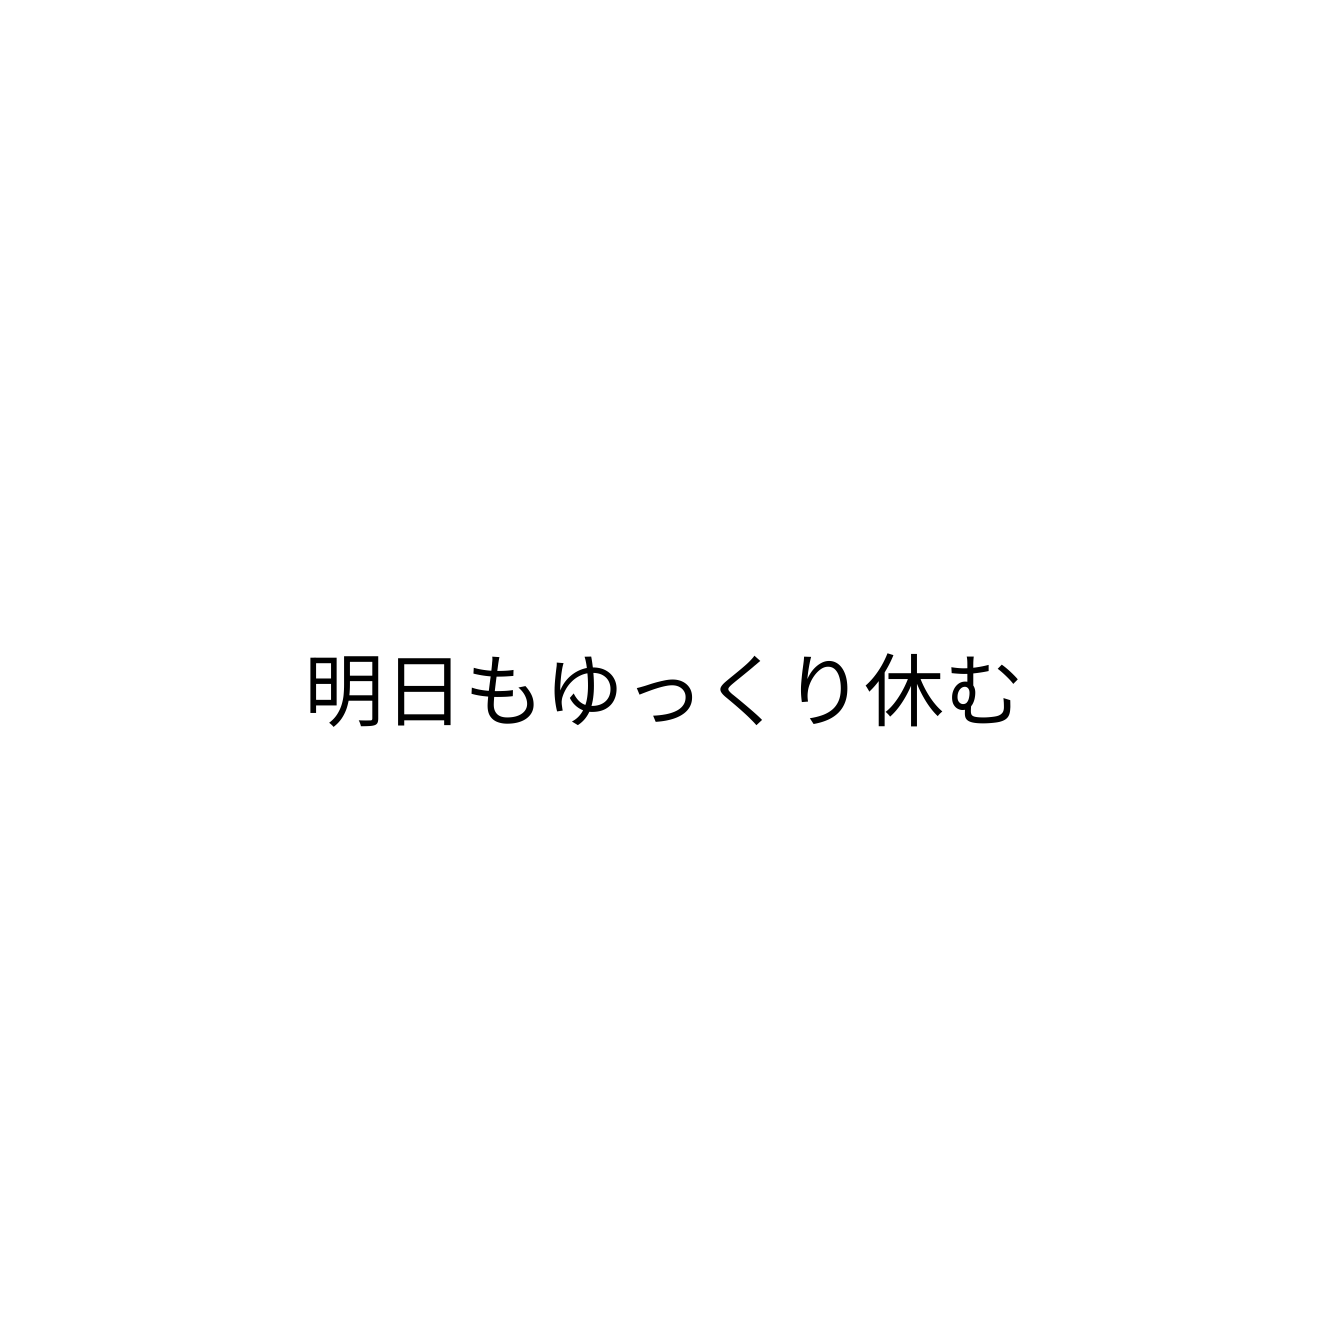
明日もゆっくり休む